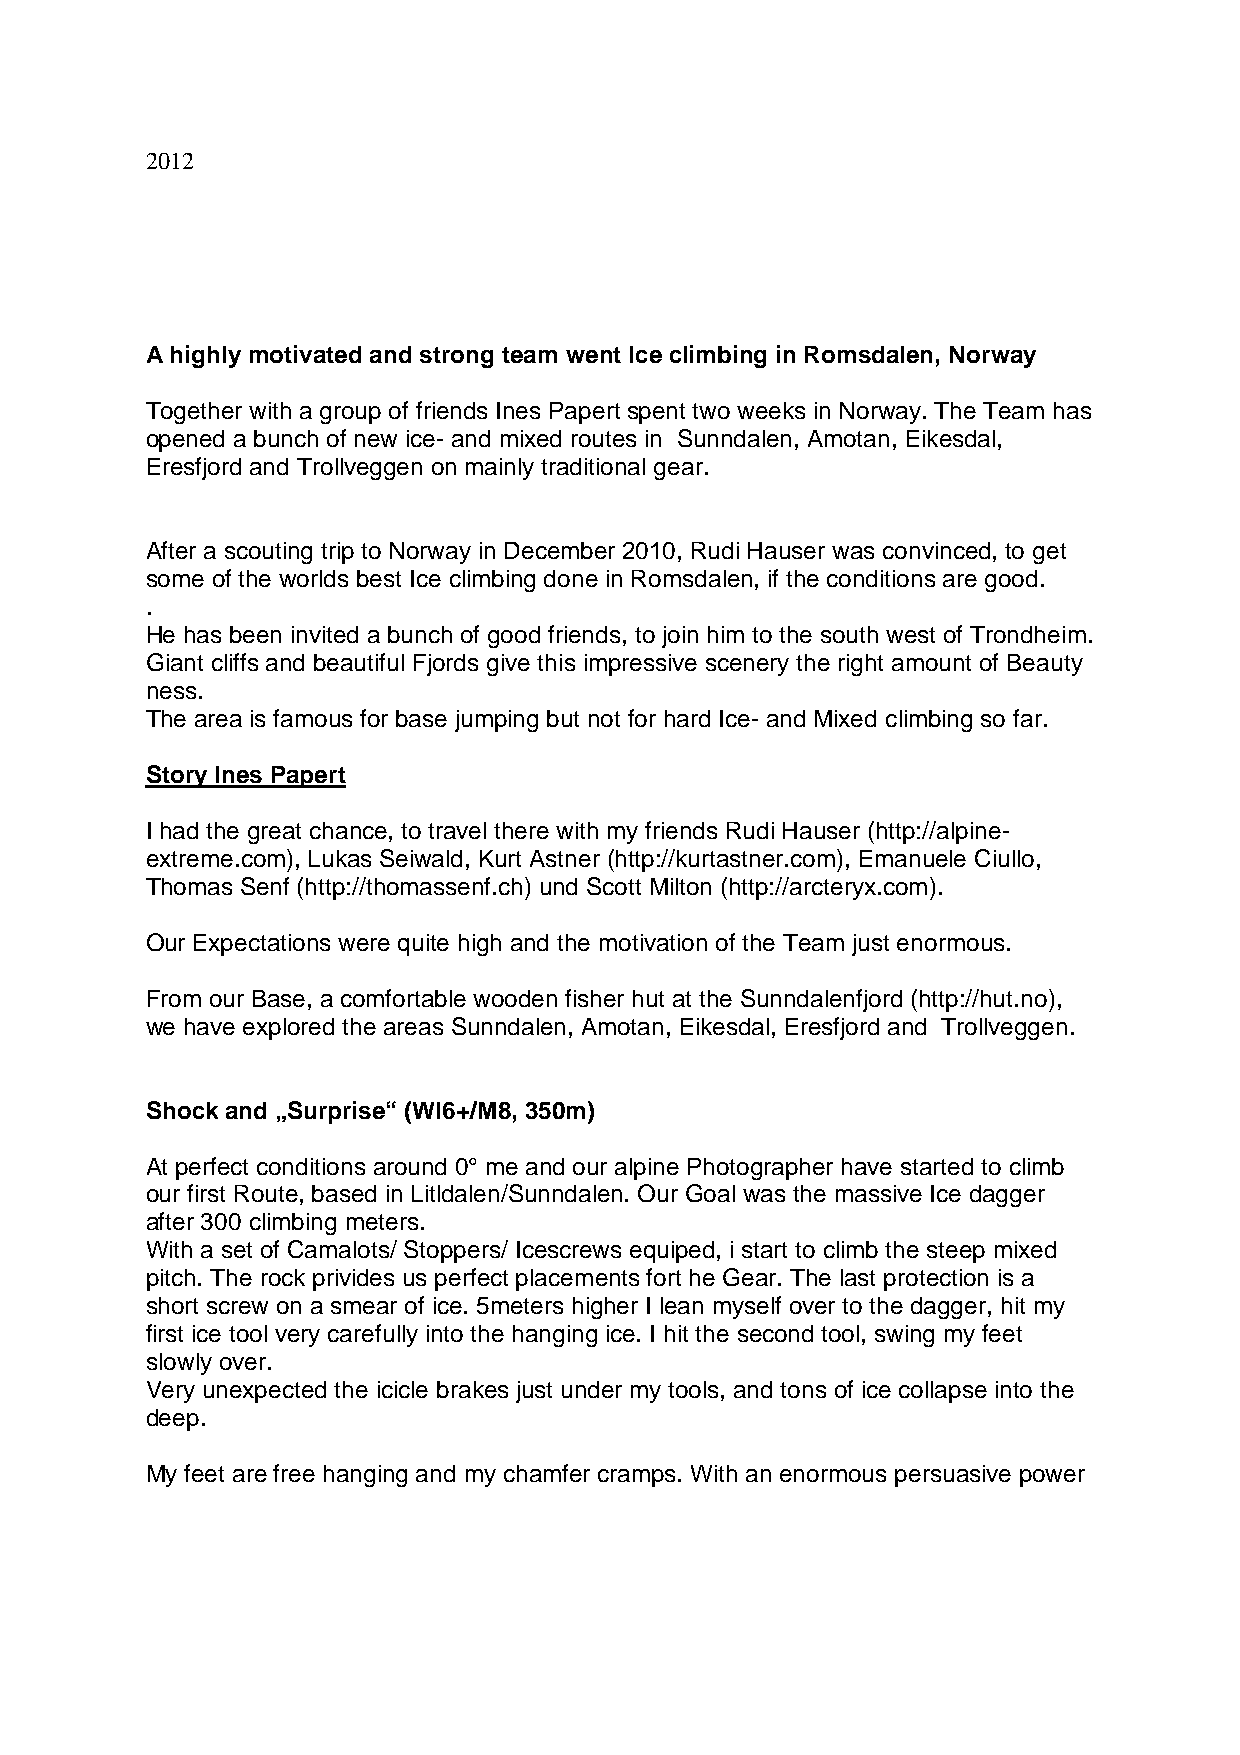
2012
 A highly motivated and strong team went Ice climbing in Romsdalen, Norway
 Together with a group of friends Ines Papert spent two weeks in Norway. The Team has
 opened a bunch of new ice- and mixed routes in Sunndalen, Amotan, Eikesdal,
 Eresfjord and Trollveggen on mainly traditional gear.
 After a scouting trip to Norway in December 2010, Rudi Hauser was convinced, to get
 some of the worlds best Ice climbing done in Romsdalen, if the conditions are good.
 .
 He has been invited a bunch of good friends, to join him to the south west of Trondheim.
 Giant cliffs and beautiful Fjords give this impressive scenery the right amount of Beauty
 ness.
 The area is famous for base jumping but not for hard Ice- and Mixed climbing so far.
 Story Ines Papert
 I had the great chance, to travel there with my friends Rudi Hauser (http://alpine-
 extreme.com), Lukas Seiwald, Kurt Astner (http://kurtastner.com), Emanuele Ciullo,
 Thomas Senf (http://thomassenf.ch) und Scott Milton (http://arcteryx.com).
 Our Expectations were quite high and the motivation of the Team just enormous.
 From our Base, a comfortable wooden fisher hut at the Sunndalenfjord (http://hut.no),
 we have explored the areas Sunndalen, Amotan, Eikesdal, Eresfjord and Trollveggen.
 Shock and „Surprise“ (WI6+/M8, 350m)
 At perfect conditions around 0° me and our alpine Photographer have started to climb
 our first Route, based in Litldalen/Sunndalen. Our Goal was the massive Ice dagger
 after 300 climbing meters.
 With a set of Camalots/ Stoppers/ Icescrews equiped, i start to climb the steep mixed
 pitch. The rock privides us perfect placements fort he Gear. The last protection is a
 short screw on a smear of ice. 5meters higher I lean myself over to the dagger, hit my
 first ice tool very carefully into the hanging ice. I hit the second tool, swing my feet
 slowly over.
 Very unexpected the icicle brakes just under my tools, and tons of ice collapse into the
 deep.
 My feet are free hanging and my chamfer cramps. With an enormous persuasive power